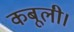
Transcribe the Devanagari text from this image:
कबूली।